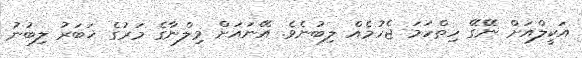
އަކީލްއަށް ނޭގޭ ހިތްހަމަ ޖެހުމެއް ލިބުނެވެ. އޭނައަށް މިލްނާގެ މަރުގެ ޚަބަރު ލިބުނު